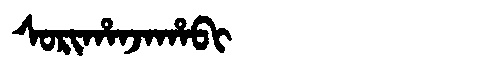
Manchu: ᠰᠣᡵᡳᡥᠠᠨᠵᠠᡥᠠᠪᡳ
Romanization: SORIHANJAHABI